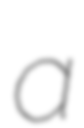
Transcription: a